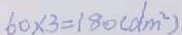
6 0 \times 3 = 1 8 0 ( d m ^ { 2 } )